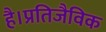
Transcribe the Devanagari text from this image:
है।प्रतिजैविक